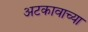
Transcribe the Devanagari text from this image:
अटकावाच्या